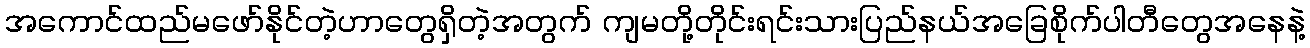
အကောင်ထည်မဖော်နိုင်တဲ့ဟာတွေရှိတဲ့အတွက် ကျမတို့တိုင်းရင်းသားပြည်နယ်အခြေစိုက်ပါတီတွေအနေနဲ့